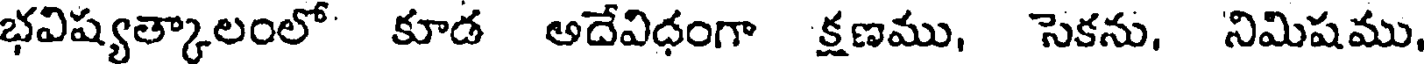
భవిష్యత్కాలంలో కూడ అదేవిధంగా క్షణము, సెకను, నిమిషము